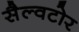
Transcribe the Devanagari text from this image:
सैल्वटोर